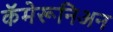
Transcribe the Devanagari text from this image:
कॅमेरूनिअन